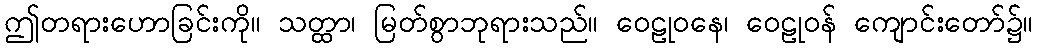
ဤတရားဟောခြင်းကို။ သတ္ထာ၊ မြတ်စွာဘုရားသည်။ ဝေဠုဝနေ၊ ဝေဠုဝန် ကျောင်းတော်၌။